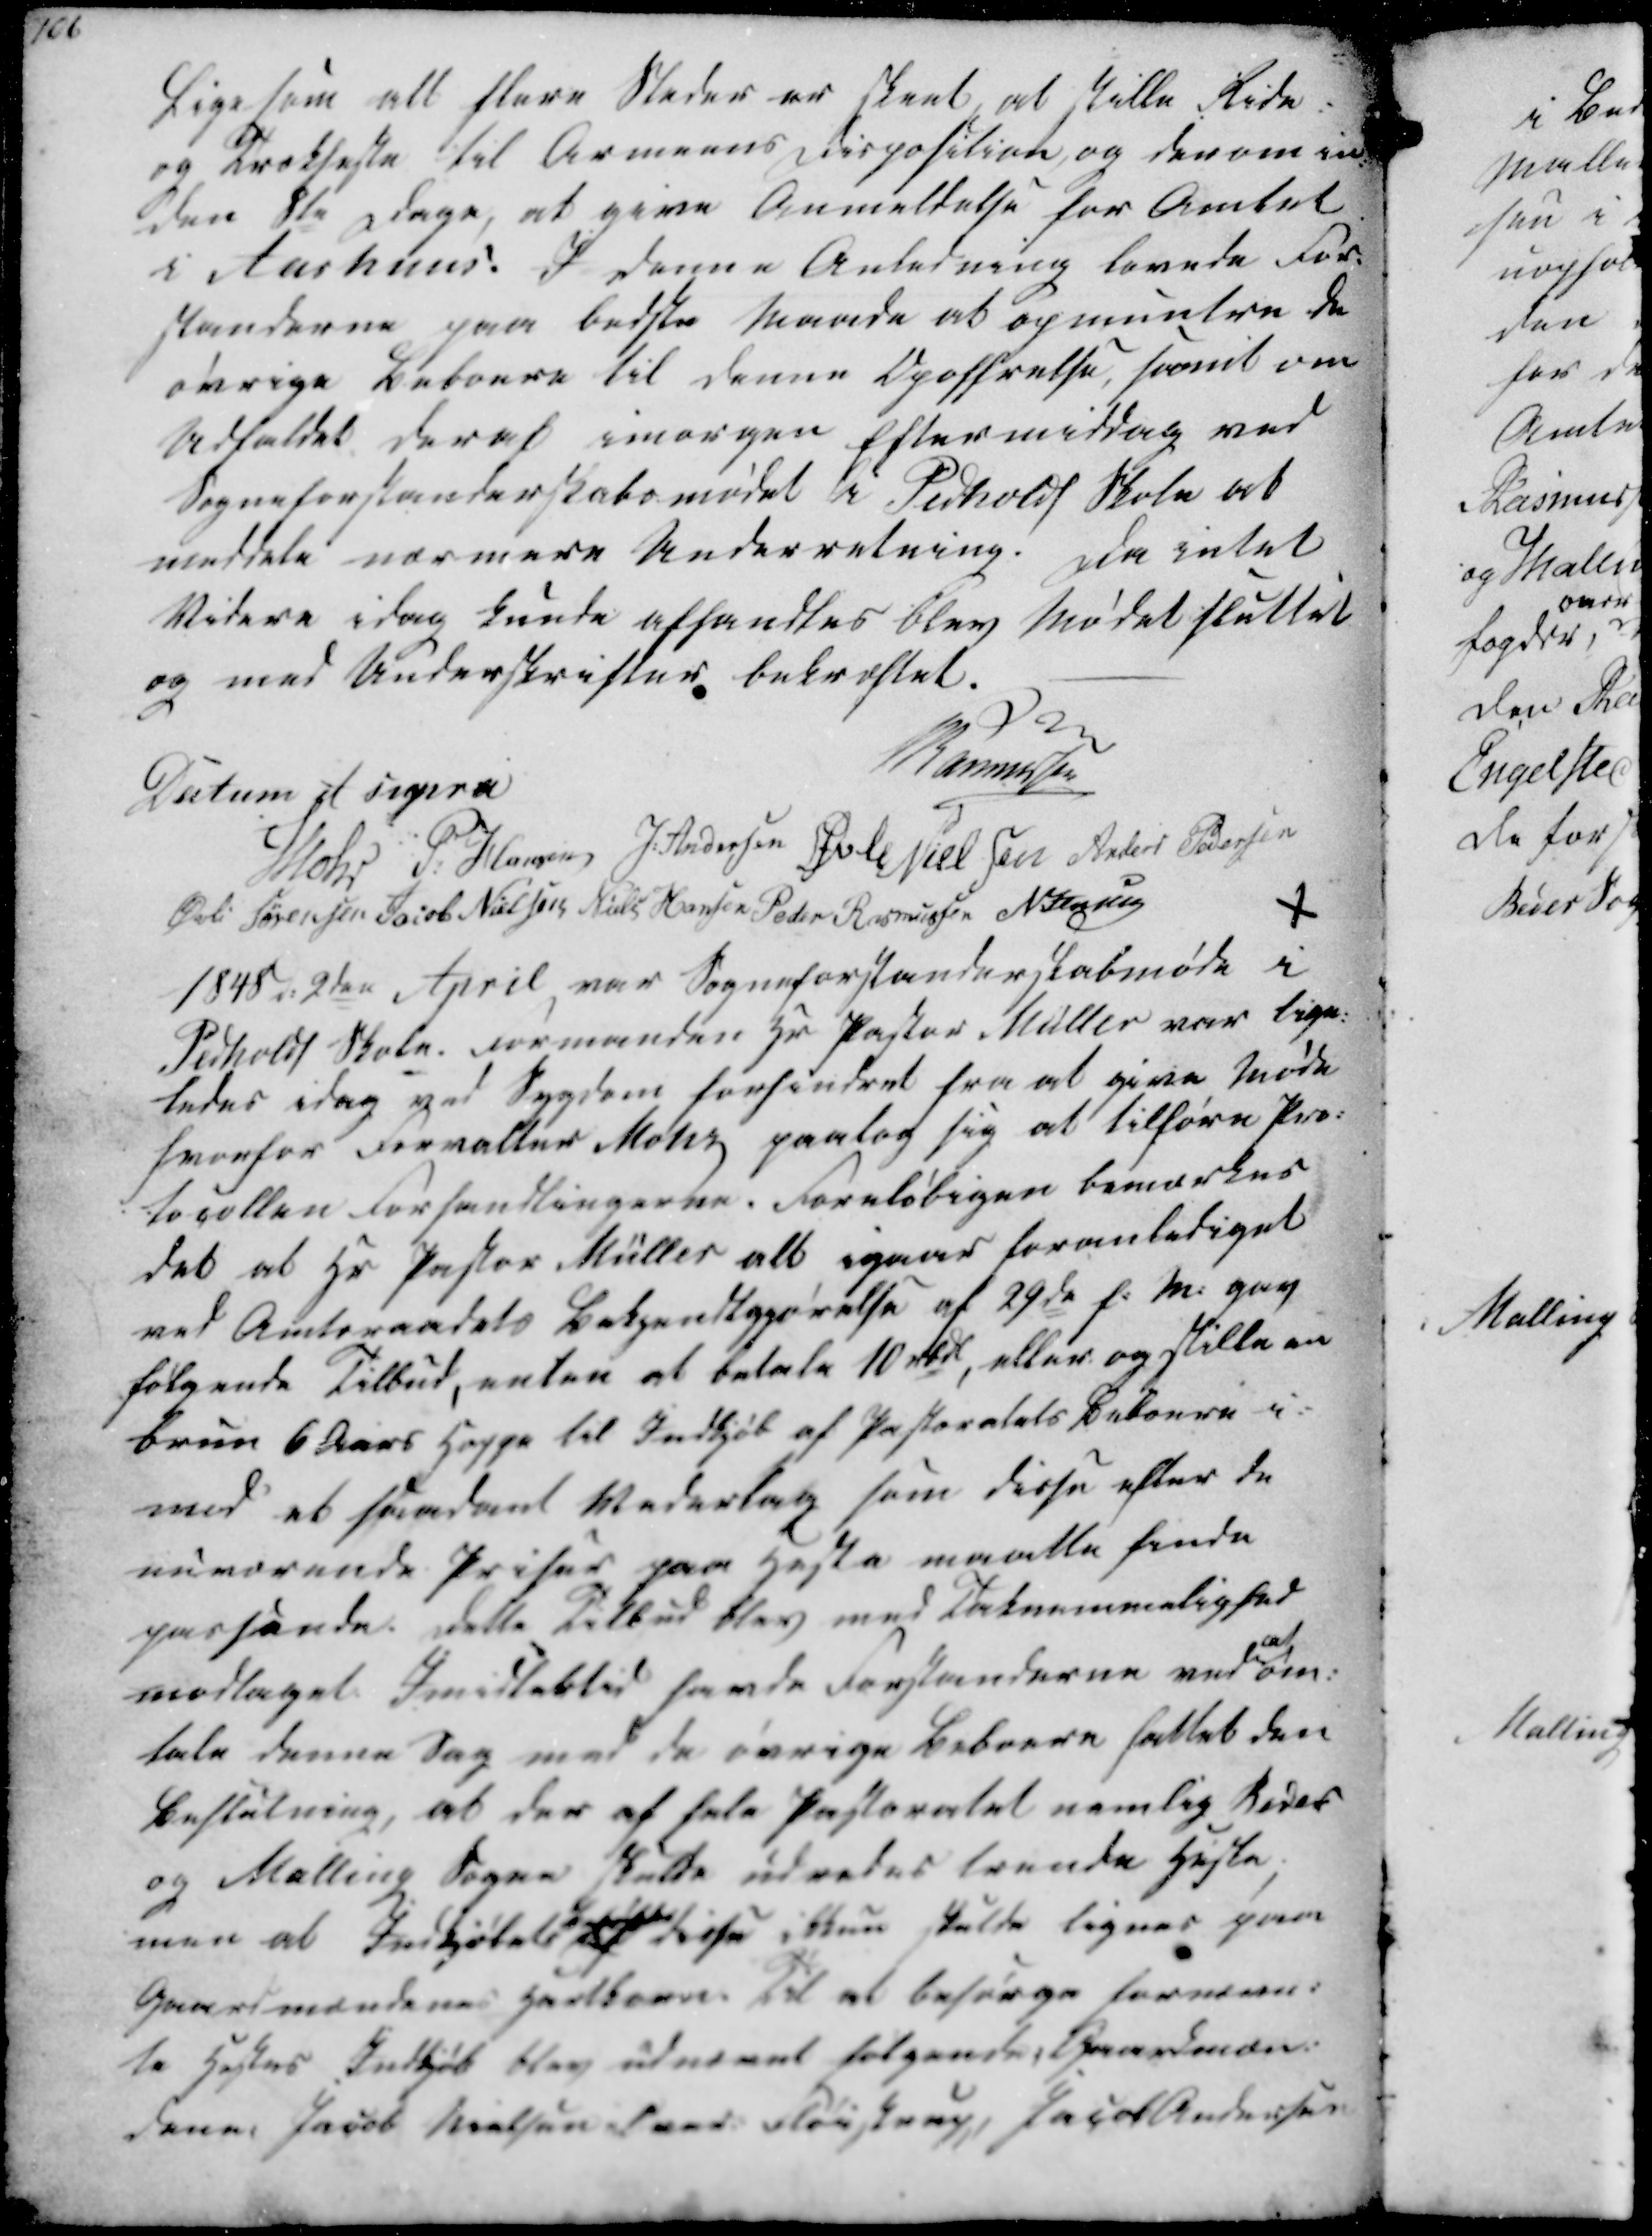
Transskription:
Ligesom alt flere Steder er skeet at skulle Ride-
og Trækheste til Armeens Risposition, og derom in-
den 8te Dage, at give Anmeldelse for Amtet
i Aarhuus! I denne Anledning lovede For-
standerne paa bedste Maade at opmuntre de
øvrige Beboere til denne Opoffrelse, samt om
Udfaldet deraf imorgen Eftermiddag ved
Sogneforstanderskabsmødet i Pedholdt Skole at
meddele nærmere Underretning.
Da intet
Videre idag kunde afhandles blev Mødet sluttet
og med Underskrifter bekræftet.

Datum ut supra
Rasmussen
Mohr
P. Hansen
J. Andersen
Øvle Nielsen
Anders Pedersen
Øvli Sørensen
Jacob Nielsen
Niels Hansen
Peder Rasmussen
N. Jensen

1848 d. 2den April, var Sogneforstanderskabmøde i
Pedholdt Skole. Formanden Hr Pastor Müller var lige-
ledes idag ved Sygdom forhindret fra at give Møde
hvorfor Forvalter Mohr paatog sig at tilføre Pro-
tocollen Forhandlingerne. Foreløbigen bemærkes
det at Hr. Pastor Müller alt igaar foranlediget
ved Amtsraadets Bekjendtgjørelse af 29de f. M. gav
følgende Tilbud, enten at betale 10 Rbdl, eller opstille en
brun 6 Aars Hoppe til Indkjøb af Pastoratets Beboere i-
mod et saadant Vederlag som disse efter de
nuværende Priser paa Heste maatte finde
passende. Dette Tilbud blev med Taknemmelighed
modtaget. Imidlertid havde Forstanderne ved
at
om-
tale denne Sag med de øvrige Beboere fattet den
Beslutning, at der af hele Pastoratet nemlig Beder
og Malling Sogne skulde udredes tvende Heste;
men at Indkjøbet af disse ikkun skulde lignes paa
Gaardmændenes Hartkorn. Til at besørge fornævn-
te Hestes Indkjøb blev udnævnt følgende: Gaardmæn-
dene Jacob Nielsen i Ned. Fløistrup, Jacob Andersen